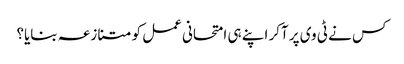
کس نے ٹی وی پر آکر اپنے ہی امتحانی عمل کو متنازعہ بنایا؟